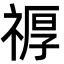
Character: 𮂆